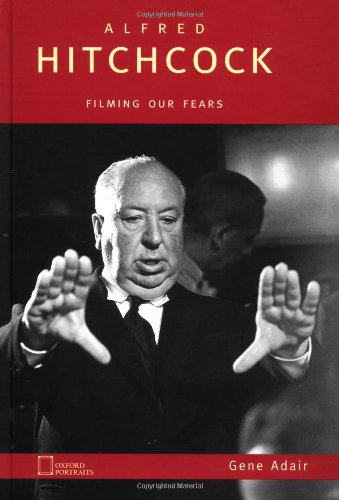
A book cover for Alfred Hitchcock: Filming Our Fears (Oxford Portraits); Gene Adair; Teen & Young Adult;